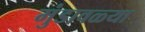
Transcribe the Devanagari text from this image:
मुंडावळ्या